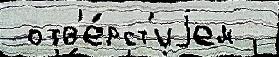
 отв'е́рст'иjем